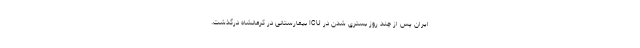
ایران پس از چند روز بستری شدن در ICU بیمارستانی در کرمانشاه درگذشت.